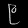
Digit: ၉